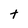
Character: t